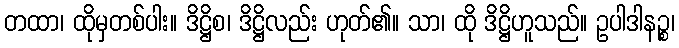
တထာ၊ ထိုမှတစ်ပါး။ ဒိဋ္ဌိစ၊ ဒိဋ္ဌိလည်း ဟုတ်၏။ သာ၊ ထို ဒိဋ္ဌိဟူသည်။ ဥပါဒါနဉ္စ၊